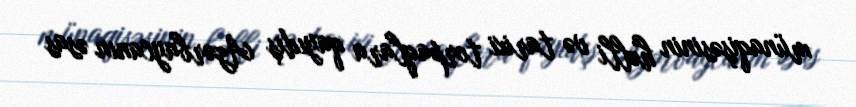
münaqişəsinin həlli və tarixi torpaqlara qayıdış Azərbaycanın əsas